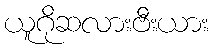
ယူဂိုဆလားဗီးယား